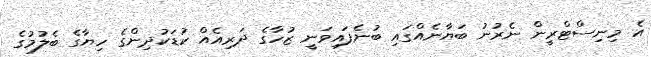
އެ މިނިސްޓްރީން ނެރުނު ބަޔާނެއްގައި ބުނެފައިވަނީ ޒުހާގެ ދަރިއެއް ކުޑަކުދިންގެ ހިޔާގެ ބެލުމުގެ